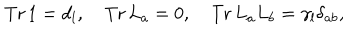
\mathrm { T r \, } 1 = d _ { l } , ~ \mathrm { T r \, } L _ { a } = 0 , ~ \mathrm { T r \, } L _ { a } L _ { b } = \gamma _ { l } \delta _ { a b } ,